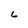
Character: 6